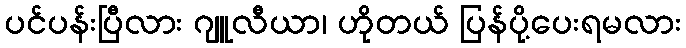
ပင်ပန်းပြီလား ဂျူလီယာ၊ ဟိုတယ် ပြန်ပို့ပေးရမလား